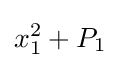
x_{1}^{2}+P_{1}